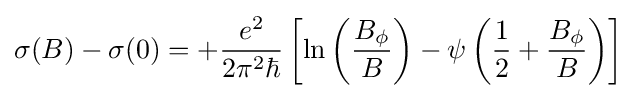
\sigma (B)-\sigma (0)=+{e^{2} \over 2\pi ^{2}\hbar }\left[\ln \left({B_{\phi } \over B}\right)-\psi \left({1 \over 2}+{B_{\phi } \over B}\right)\right]